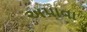
અપાવા